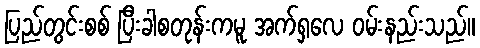
ပြည်တွင်းစစ် ပြီးခါစတုန်းကမူ အက်ရှလေ ဝမ်းနည်းသည်။